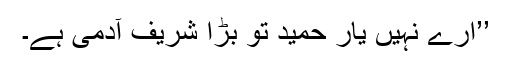
’’ارے نہیں یار حمید تو بڑا شریف آدمی ہے۔